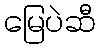
မြေပဲဆီ